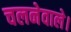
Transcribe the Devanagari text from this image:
चलनेवाले।